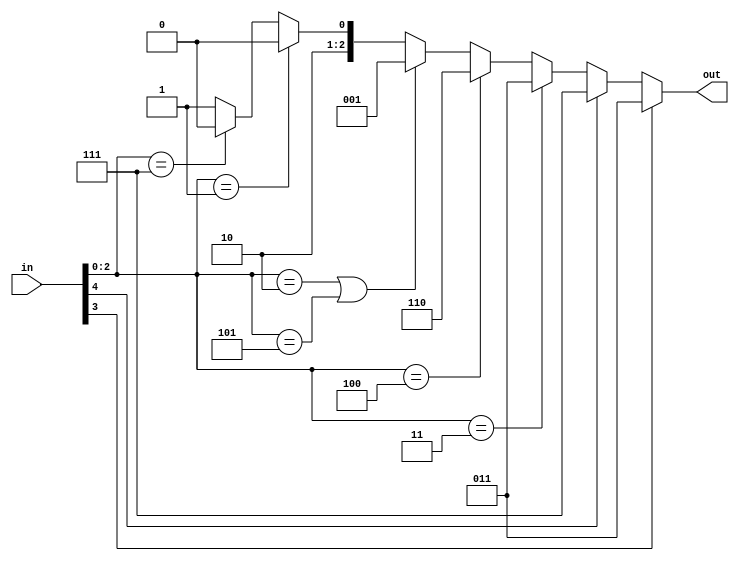
module dispToBlock(in,out);
parameter empty=3'd0, air=3'd1, dirt=3'd2, ground=3'd3, queen=3'd4, wall=3'd5, errorblock=3'd6, tunnel=3'd7;
//parameter empty=3'd0, tunnel=3'd1, ground=3'd2, air=3'd3,  dirt=3'd4, queen=3'd5, wall=3'd6, errorblock=3'd7;
	input [4:0]in;
	output reg [2:0]out;
	reg [2:0]store;
	always@(*)begin
//ORIGINAL //yee?
		if(in[3]==1'b1)begin//ant
			store<=3'b011;
		end else if(in[4]==1'b1) begin//sugar
			store<=3'b111;
		end else if(in[2:0]==ground) begin
			store<=3'b011;
		end else if((in[2:0]==queen)) begin
			store<=3'b110;
		end else if((in[2:0]==dirt)|(in[2:0]==wall)) begin
			store<=3'b001;
		end else if((in[2:0]==air)) begin
			store<=3'b100;
		end else if((in[2:0]==tunnel)) begin
			store<=3'b100;
		end else begin
			store<=3'b101;
		end

//NEW
//		if(in[3]==1'b1)begin//ant
//			store<=3'b110;
//		end else if(in[4]==1'b1) begin//sugar
//			store<=3'b111;
//		end else if(in[2:0]==ground) begin
//			store<=ground;
//		end else if((in[2:0]==queen)) begin
//			store<=queen;
//		end else if((in[2:0]==tunnel)|(in[2:0]==wall)) begin
//			store<=tunnel;
//		end else begin
//			store<=3'd7;
//		end
		out<=store;
	end


endmodule